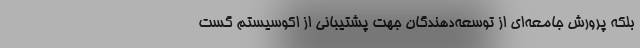
بلکه پرورش جامعه‌ای از توسعه‌دهندگان جهت پشتیبانی از اکوسیستم گست